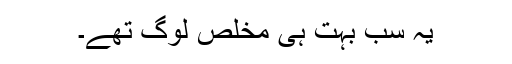
یہ سب بہت ہی مخلص لوگ تھے۔